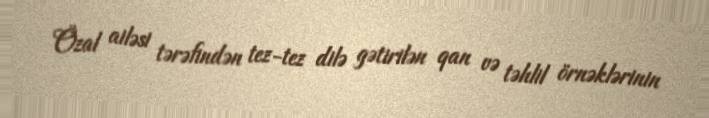
Özal ailəsi tərəfindən tez-tez dilə gətirilən qan və təhlil örnəklərinin